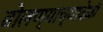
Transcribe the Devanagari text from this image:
बोलण्याच्यावेळी